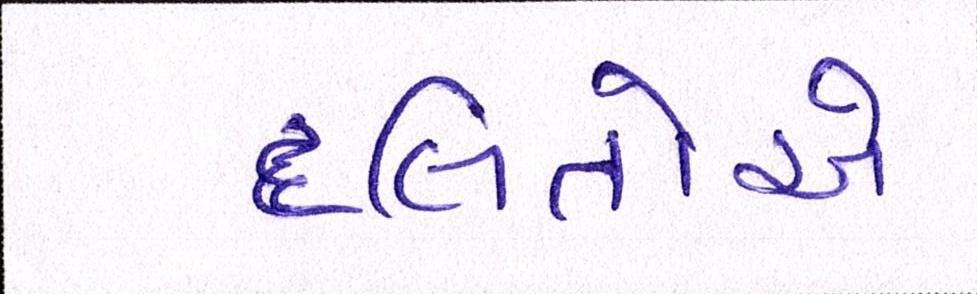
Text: દલિતોએ